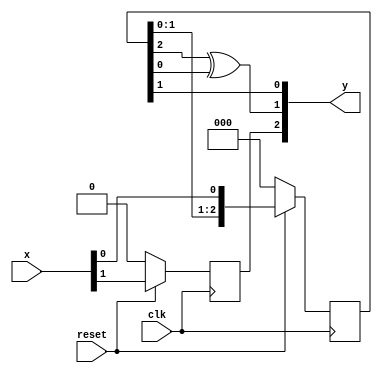
`timescale 1ns / 1ps
//////////////////////////////////////////////////////////////////////////////////
// Company: 
// Engineer: 
// 
// Design Name: 
// Module Name:    tcm_enc 
// Project Name: 
// Target Devices: 
// Tool versions: 
// Description: 
//
// Dependencies: 
//
// Revision: 
// Revision 0.01 - File Created
// Additional Comments: 
//
//////////////////////////////////////////////////////////////////////////////////
module tcm_enc(clk, reset, x, y);
input clk; //
input reset;
input [1:0] x; // 
output [2:0] y; // 

reg [2:0] ccode;
reg [2:0] x_t;

always @(posedge clk) begin
   if(!reset) begin
      ccode <= 0;
      x_t <= 0;
   end
   else begin
      ccode[2:0] <= {ccode[1:0], x[1]};
      x_t[2:0] <= {x_t[1:0], x[0]};
   end
end

assign y[0] = x_t[1];
assign y[1] = x_t[2] ^ x_t[0]; // 
assign y[2] = ccode[0];

endmodule